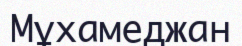
Мұхамеджан